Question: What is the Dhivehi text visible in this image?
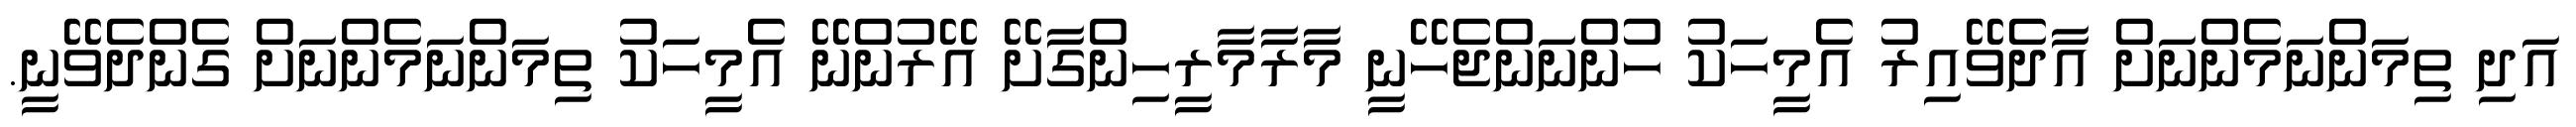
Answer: އަދި ތިމަންނަމެންނަށް އާދެވޭއިރު އެމީހަކު ހުންނަންޖެހޭނީ މާރާމާރީހިންގާށޭ އޭރުންނޭ އެމީހަކު ތިމަންނަމެންނަށް ގެންދެވޭނީ.